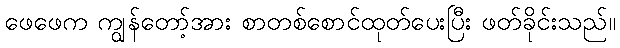
ဖေဖေက ကျွန်တော့်အား စာတစ်စောင်ထုတ်ပေးပြီး ဖတ်ခိုင်းသည်။